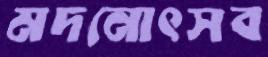
মদনোৎসব